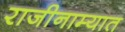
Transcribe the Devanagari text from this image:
राजीनाम्यात